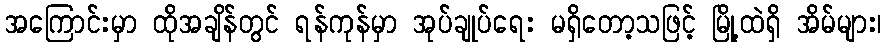
အကြောင်းမှာ ထိုအချိန်တွင် ရန်ကုန်မှာ အုပ်ချုပ်ရေး မရှိတော့သဖြင့် မြို့ထဲရှိ အိမ်များ၊